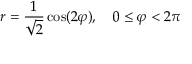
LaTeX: r = { \frac { 1 } { \sqrt { 2 } } } \cos ( 2 \varphi ) , \quad 0 \leq \varphi < 2 \pi